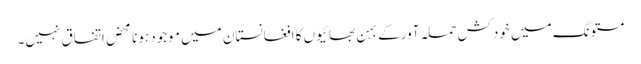
مستونگ میں خودکش حملہ آور کے بہن بھائیوں کا افغانستان میں موجود ہونا محض اتفاق نہیں۔